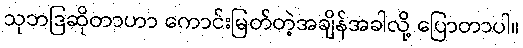
သုဘဒြဆိုတာဟာ ကောင်းမြတ်တဲ့အချိန်အခါလို့ ပြောတာပါ။